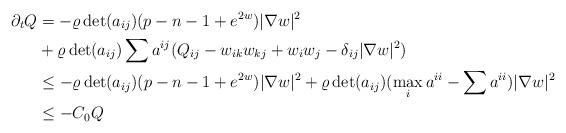
LaTeX: \begin{align*}\partial_tQ&=-\varrho\det(a_{ij})(p-n-1+e^{2w})|\nabla w|^2\\&+\varrho\det(a_{ij})\sum a^{ij}(Q_{ij}-w_{ik}w_{kj}+w_iw_j-\delta_{ij}|\nabla w|^2)\\&\leq-\varrho\det(a_{ij})(p-n-1+e^{2w})|\nabla w|^2+\varrho\det(a_{ij})(\max_ia^{ii}-\sum a^{ii})|\nabla w|^2\\&\leq-C_0Q\end{align*}